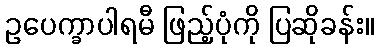
ဥပေက္ခာပါရမီ ဖြည့်ပုံကို ပြဆိုခန်း။